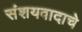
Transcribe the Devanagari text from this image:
संशयवादाचे